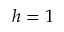
h = 1